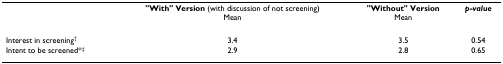
<table><thead><tr><td></td><td><b>&quot;With&quot; Version (with discussion of not screening)Mean</b></td><td><b>&quot;Without&quot; VersionMean</b></td><td><b><i>p-value</i></b></td></tr></thead><tbody><tr><td>Interest in screening<sup>†</sup></td><td>3.4</td><td>3.5</td><td>0.54</td></tr><tr><td>Intent to be screened*<sup>‡</sup></td><td>2.9</td><td>2.8</td><td>0.65</td></tr></tbody></table>